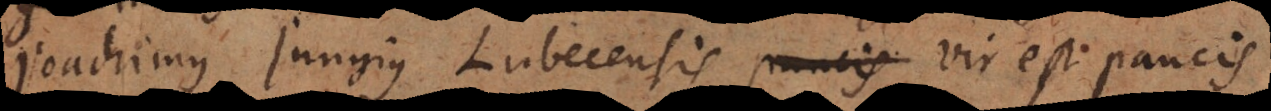
Joachimus Jungius Lubecensis paucis vir est paucis